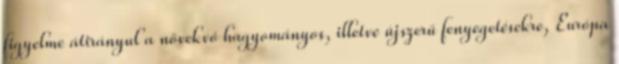
figyelme átirányul a növekvő hagyományos, illetve újszerű fenyegetésekre, Európa